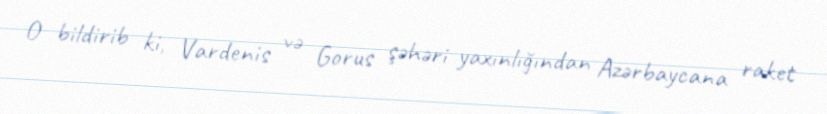
O bildirib ki, Vardenis və Gorus şəhəri yaxınlığından Azərbaycana raket